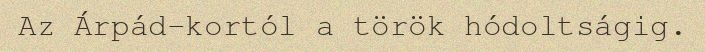
Az Árpád-kortól a török hódoltságig.